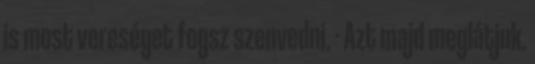
is most vereséget fogsz szenvedni. - Azt majd meglátjuk.